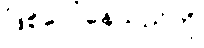
ဖြစ်ပေါ်နေသည်ကို